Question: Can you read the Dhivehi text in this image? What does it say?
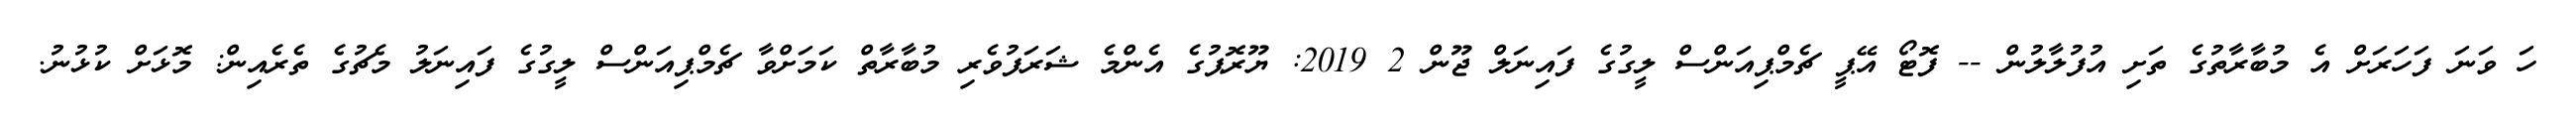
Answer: ހަ ވަނަ ފަހަރަށް އެ މުބާރާތުގެ ތަށި އުފުލާލުން -- ފޮޓޯ އޭޕީ ޗެމްޕިއަންސް ލީގުގެ ފައިނަލް ޖޫން 2 2019: ޔޫރޮޕުގެ އެންމެ ޝަރަފުވެރި މުބާރާތް ކަމަށްވާ ޗެމްޕިއަންސް ލީގުގެ ފައިނަލު މެޗުގެ ތެރެއިން: މޮޅަށް ކުޅުނު.